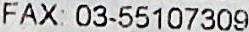
FAX: 03-55107309